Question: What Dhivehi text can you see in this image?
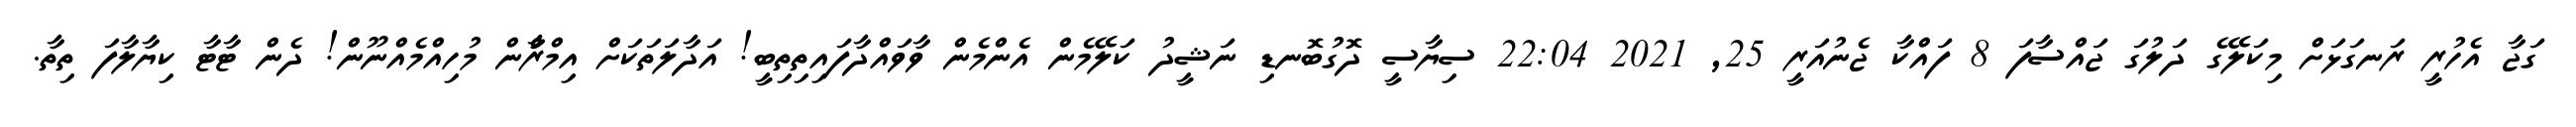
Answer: ގަޖާ އެހުރީ ރަނގަޅަށް މިކަލޭގެ ދަލުގަ ޖައްސާފަ 8 ފައްކާ ޖެނުއަރީ 25, 2021 22:04 ސިޔާސީ ދޮގުބޮނޑި ނަޝީދު ކަލޭމެން އެންމެން ވާވައްދާފައިތިތިބީ! އަދާލަތަކަށް އިމްރާްން މުހިއްމެއްނޫން! ދެން ޓާޓާ ކިޔާލާފަ ތިތާ.